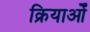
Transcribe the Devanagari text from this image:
क्रियाओँ